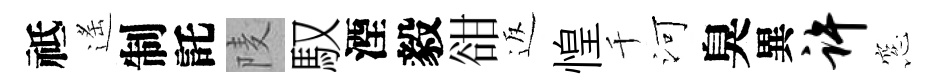
祗遙制託𨹧馭湮毅𧮳返惶千河臭異许窓